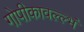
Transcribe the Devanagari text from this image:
गोपीकावल्ल्भं